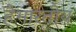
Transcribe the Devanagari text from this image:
हैभारतीय